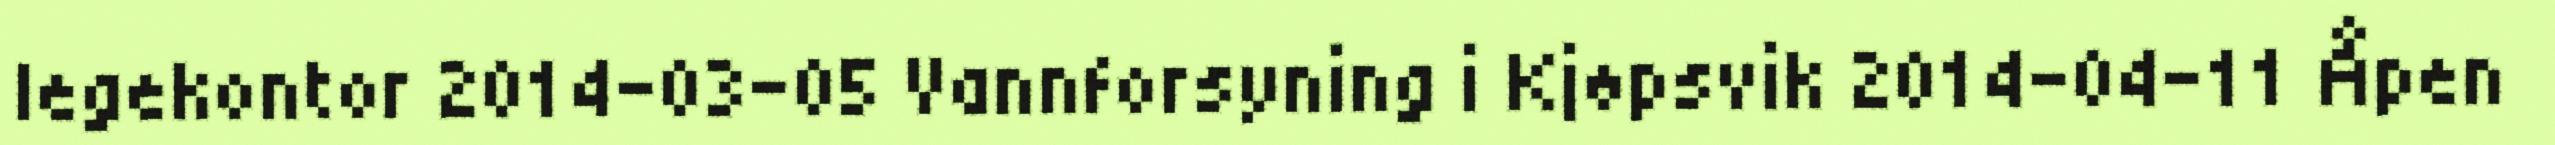
legekontor 2014-03-05 Vannforsyning i Kjøpsvik 2014-04-11 Åpen